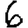
Digit: 6